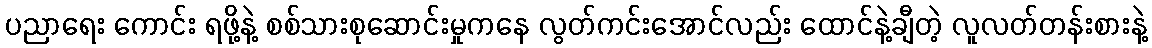
ပညာရေး ကောင်း ရဖို့နဲ့ စစ်သားစုဆောင်းမှုကနေ လွတ်ကင်းအောင်လည်း ထောင်နဲ့ချီတဲ့ လူလတ်တန်းစားနဲ့